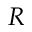
R